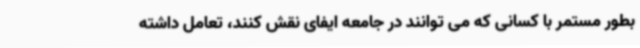
بطور مستمر با کسانی که می توانند در جامعه ایفای نقش کنند، تعامل داشته